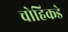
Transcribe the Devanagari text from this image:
चोहिकडे